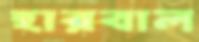
হারবাল